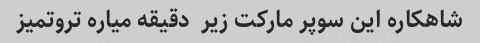
شاهکاره این سوپر مارکت زیر  دقیقه میاره تروتمیز